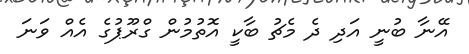
އޭނާ ބުނީ އަދި ދެ މެޗު ބާކީ އޮތުމުން ގްރޫޕުގެ އެއް ވަނަ